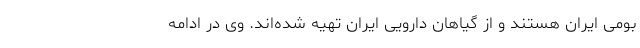
بومی ایران هستند و از گیاهان دارویی ایران تهیه شده‌اند. وی در ادامه